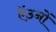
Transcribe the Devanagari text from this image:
ऐंठनों